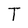
Character: T